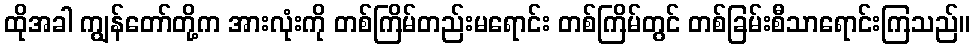
ထိုအခါ ကျွန်တော်တို့က အားလုံးကို တစ်ကြိမ်တည်းမရောင်း တစ်ကြိမ်တွင် တစ်ခြမ်းစီသာရောင်းကြသည်။